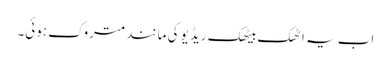
اب یہ اٹھک بیٹھک ریڈیو کی مانند متروک ہوئی۔